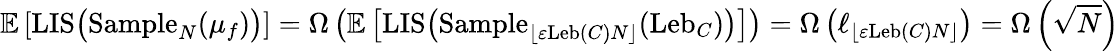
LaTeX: \mathbb{E}\left[\mathrm{LIS}\big(\mathrm{Sample}_{N}(\mu_{f})\big)\right]=\Omega\left(\mathbb{E}\left[\mathrm{LIS}\big(\mathrm{Sample}_{\lfloor\varepsilon\mathrm{Leb}(C)N\rfloor}(\mathrm{Leb}_{C})\big)\right]\right)=\Omega\left(\ell_{\lfloor\varepsilon\mathrm{Leb}(C)N\rfloor}\right)=\Omega\left(\sqrt{N}\right)